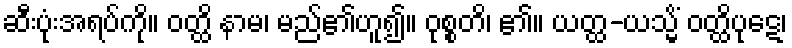
ဆီးပုံးအရပ်ကို။ ဝတ္ထိ နာမ၊ မည်၏ဟူ၍။ ဝုစ္စတိ၊ ၏။ ယတ္ထ-ယသ္မိံ ဝတ္ထိပုဋေ၊